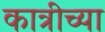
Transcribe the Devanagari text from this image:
कात्रीच्या